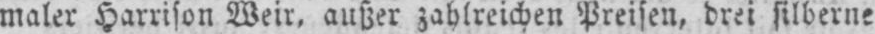
maler Harrison Weir, außer zahlreichen Preisen, drei silberne